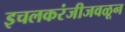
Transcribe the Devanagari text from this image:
इचलकरंजीजवळून